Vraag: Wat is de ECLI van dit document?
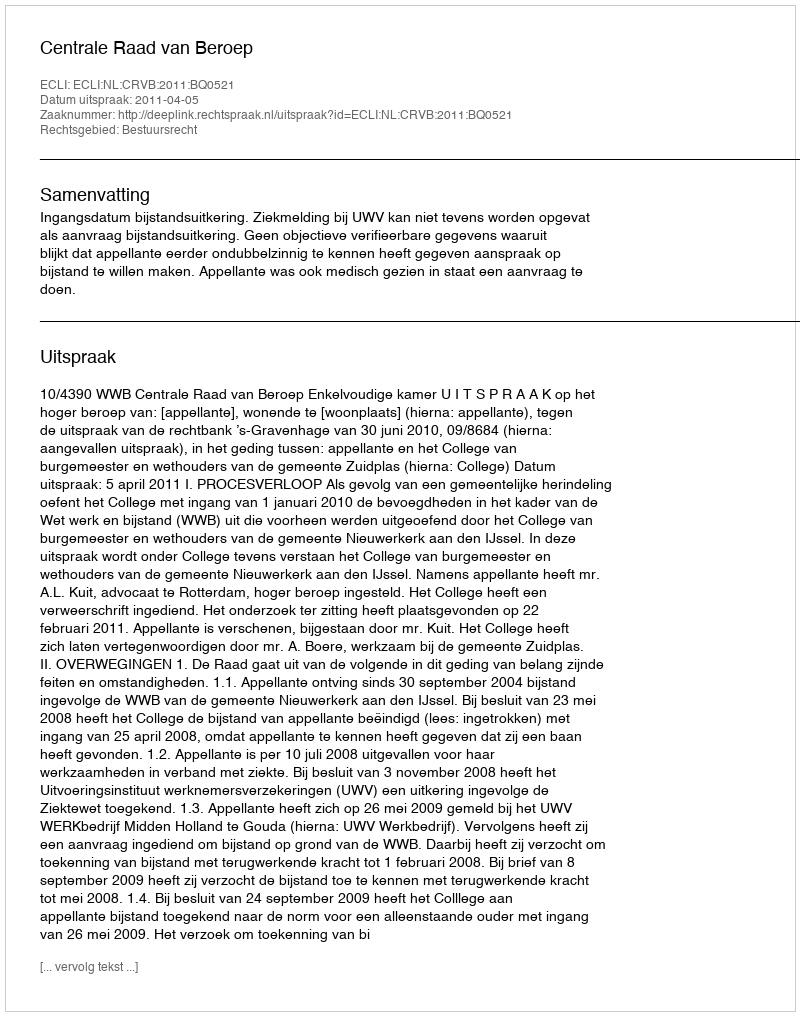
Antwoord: ECLI:NL:CRVB:2011:BQ0521